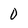
Character: 0